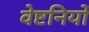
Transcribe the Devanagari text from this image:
वेष्टनियों